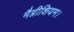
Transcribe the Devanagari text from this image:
मैग्नीशियम।